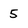
Character: 5